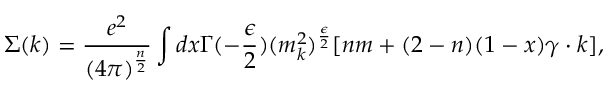
\Sigma ( k ) = { \frac { e ^ { 2 } } { ( 4 \pi ) ^ { \frac { n } { 2 } } } } \int d x \Gamma ( - { \frac { \epsilon } { 2 } } ) ( m _ { k } ^ { 2 } ) ^ { \frac { \epsilon } { 2 } } [ n m + ( 2 - n ) ( 1 - x ) \gamma \cdot k ] ,